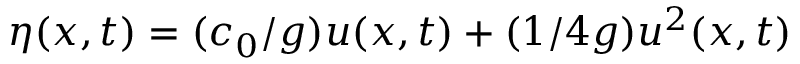
\eta ( x , t ) = ( c _ { 0 } / g ) u ( x , t ) + ( 1 / 4 g ) u ^ { 2 } ( x , t )